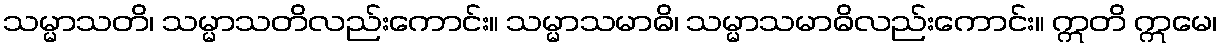
သမ္မာသတိ၊ သမ္မာသတိလည်းကောင်း။ သမ္မာသမာဓိ၊ သမ္မာသမာဓိလည်းကောင်း။ ဣတိ ဣမေ၊